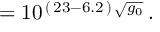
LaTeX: \: = 1 0 ^ { \, ( \, 2 3 - 6 . 2 \, ) \, \sqrt { g _ { 0 } } } \, . \: